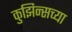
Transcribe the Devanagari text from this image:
कुझिन्सच्या